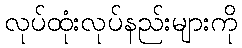
လုပ်ထုံးလုပ်နည်းများကို